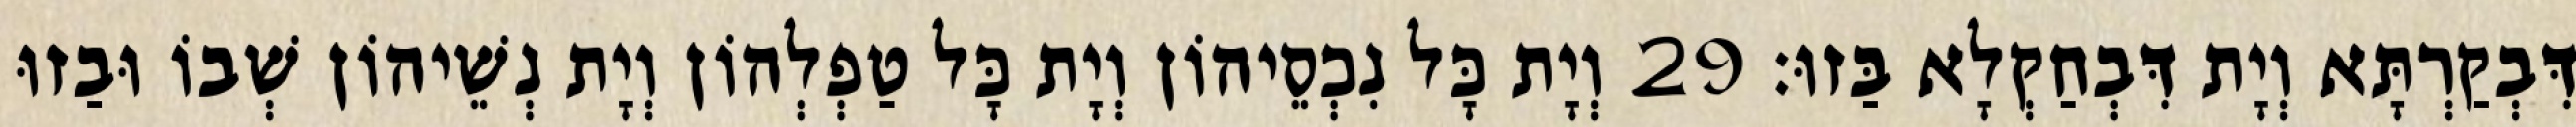
דִּבְקַרְתָּא וְיָת דִּבְחַקְלָא בַּזוּ׃ 29 וְיָת כָּל נִכְסֵיהוֹן וְיָת כָּל טַפְלְהוֹן וְיָת נְשֵׁיהוֹן שְׁבוֹ וּבַזוּ